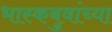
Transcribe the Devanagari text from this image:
भास्कबुवांच्या